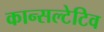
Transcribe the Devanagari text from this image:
कान्सल्टेटिव